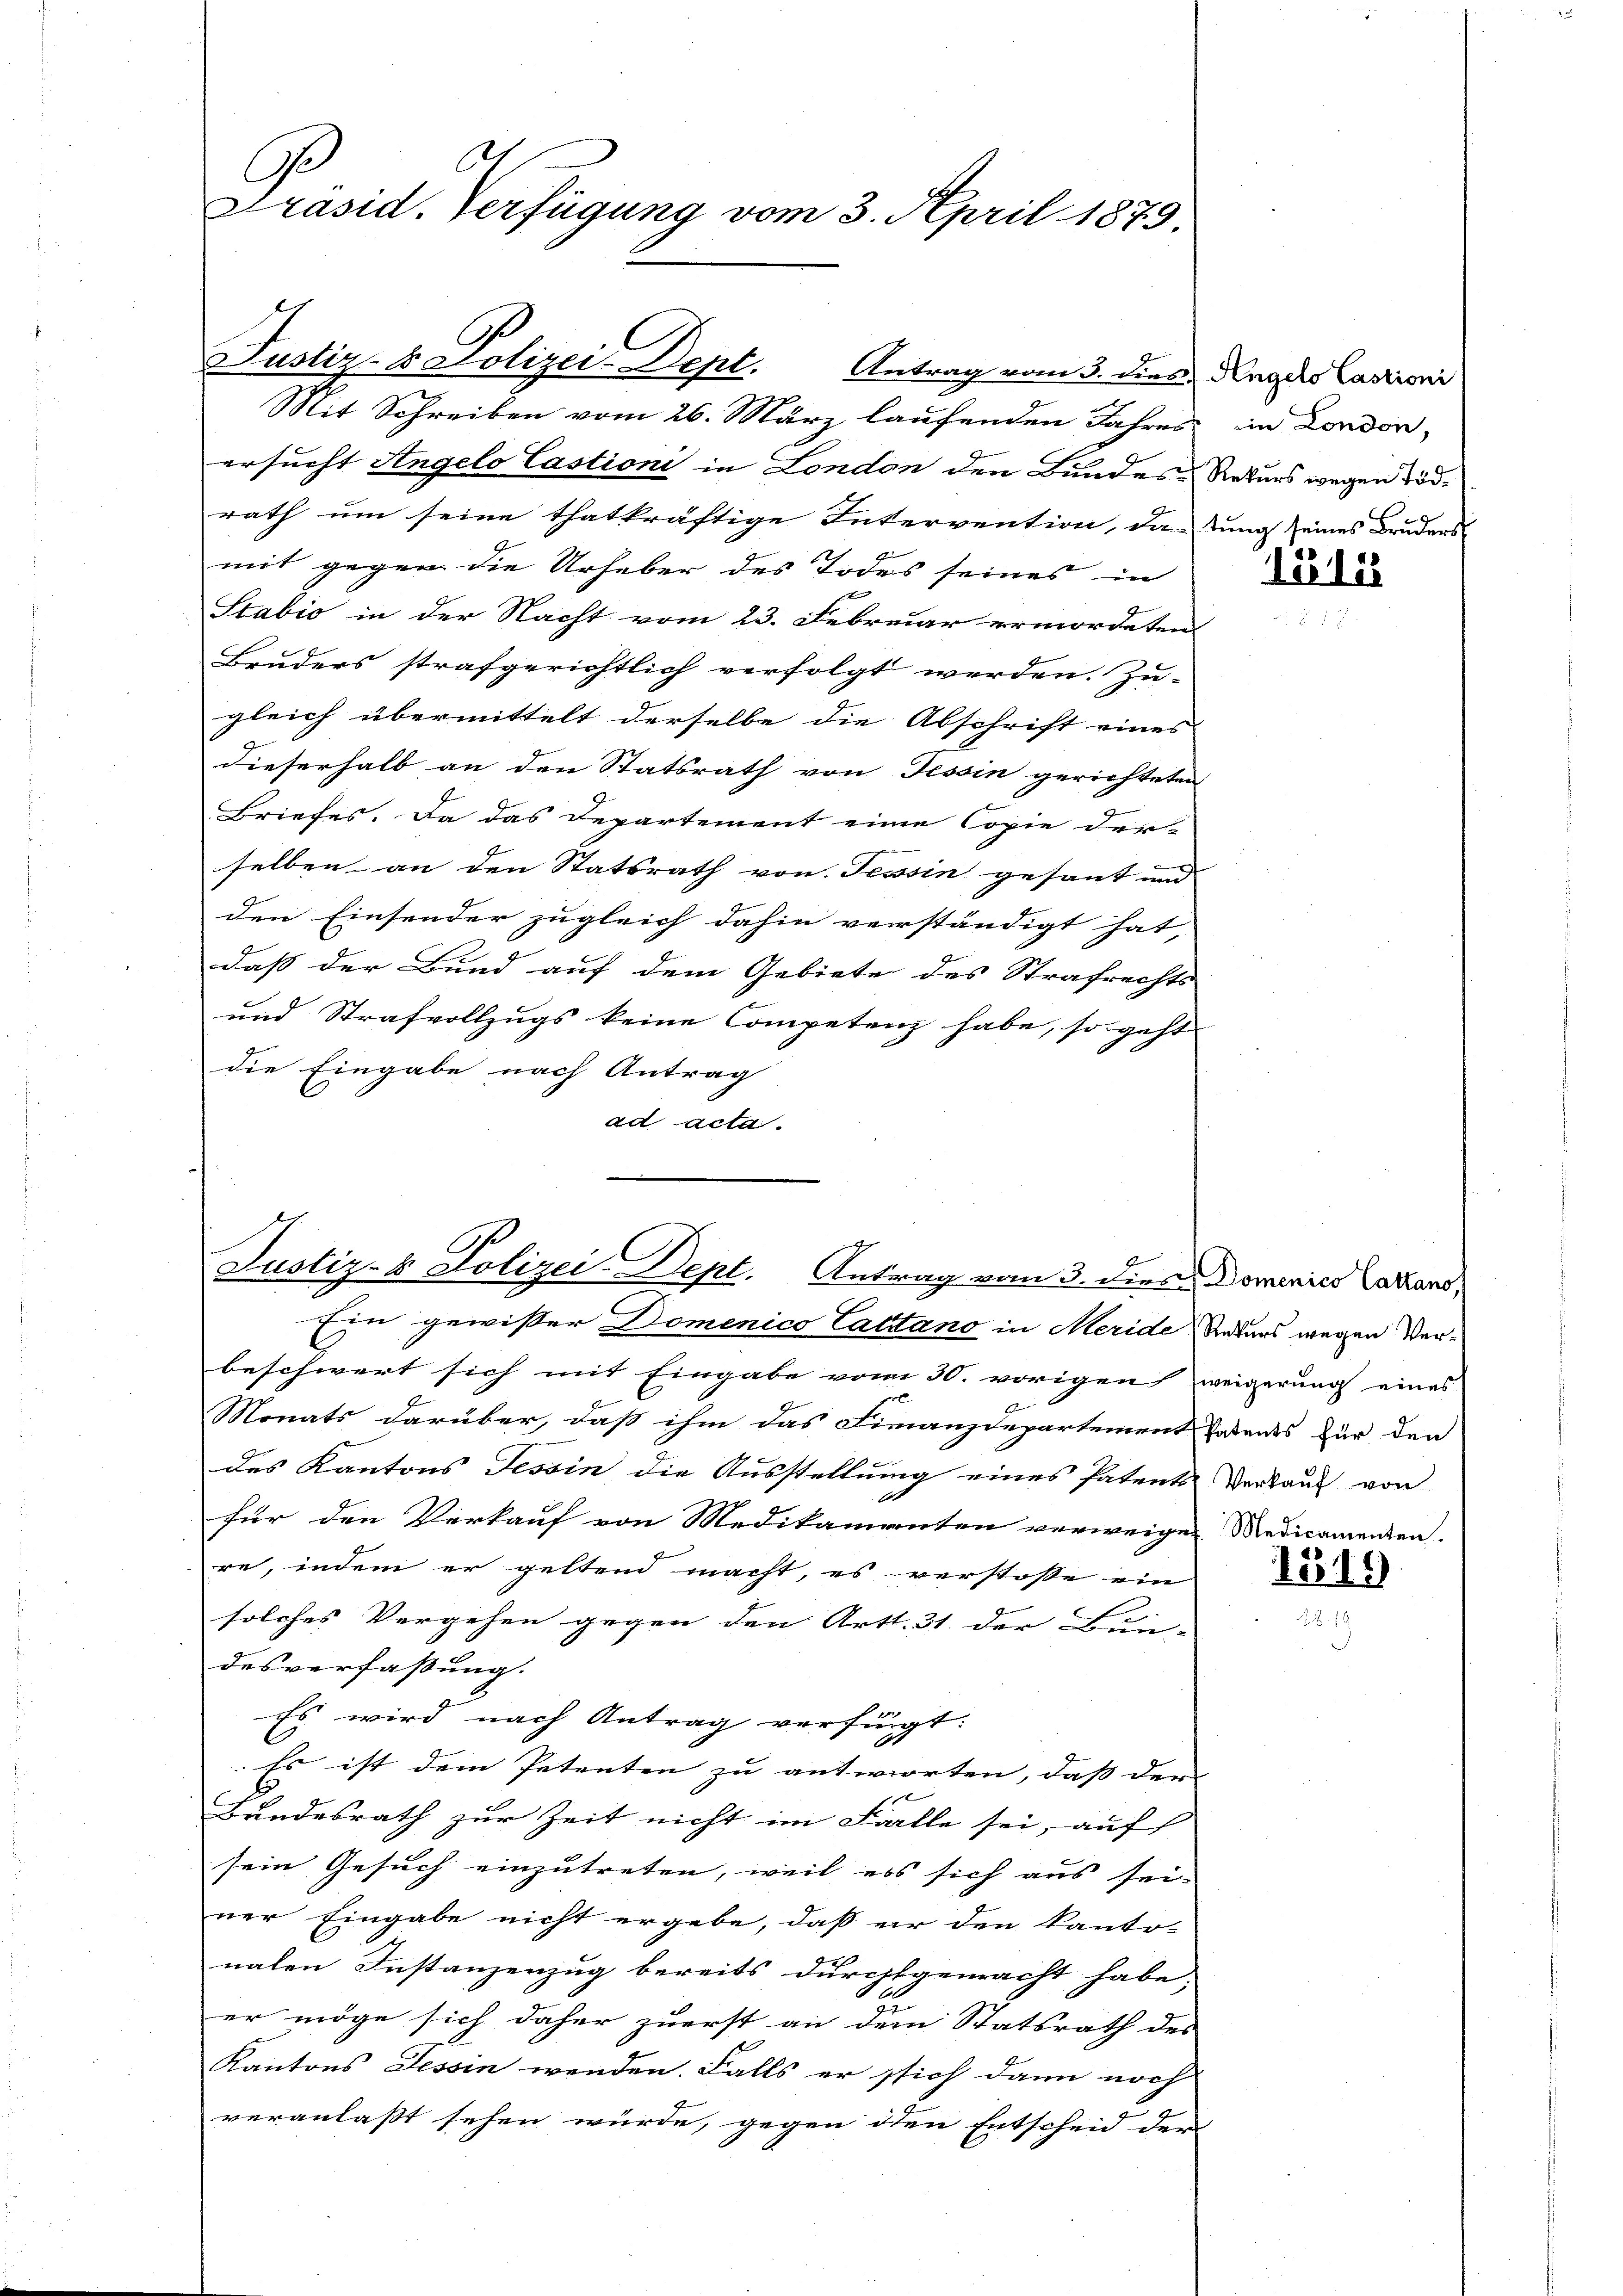
Präsid. Verfügung vom 3. April 1879.

Mit Schreiben vom 26. März laufenden Jahres
ersucht Angelo Castioni in London den Bundes-Rekurs wegen Tödrath um seine thatkräftige Intervention, das tung seines Bruders
mit gegen die Urheber des Todes seines in
e
Stabio in der Nacht vom 23. Februar ermordeten
Bruders strafgerichtlich verfolgt werden. Zu-
gleich übermittelt derselbe die Abschrift eines
dieserhalb an den Statsrath von Tessin gerichteten
Briefes. Da das Departement eine Copie der
selben an den Statsrath von Tessin gesant und |
den Einsender zugleich dahin verständigt hat,
daß der Bund auf dem Gebiete des Strafrechts
und Strafvollzugs keine Competenz habe, so geht
die Eingabe nach Antrag
ad acta.

Justiz- & Polizei-Dept. Antrag vom 3. dies Anges Cautioni

Justiz- & Polizei-Dept. Antrag vom 3. dies Domains Laband,

Ein gewißer Domenico Cattano in Meride Anders wegen Verbeschwert sich mit Eingabe vom 30. vorigen weigerung eines
Monats darüber, daß ihm das Finanzdepartement Parents für den
des Kantons Tessin die Ausstellung eines Patents Verkauf von
für den Verkauf von Medikamenten verweigen Medicamenten.
re, indem er geltend macht, es verstosse ein
solches Vergehen gegen den Art. 31. der Bun-
desverfaßung.
Es wird nach Antrag verfügt:
.Es ist dem Petenten zu antworten, dass dem
e
Bundesrath zur Zeit nicht im Falle sei, auf
sein Gesuch einzutreten, weil es sich aus sei-
ner Eingabe nicht ergebe, daß er den kanto-
naten Instanzenzug bereits durchgemacht habe;
u
er möge sich daher zuerst an dem Statsrath des
Kantons Tessin werden. Falls er sich dann noch
veranlaßt sehen würde, gegen den Entscheid der

ein London,

Lilie

1519